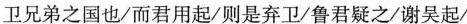
卫兄弟之国也/而君用起/则是弃卫/鲁君疑之/谢吴起